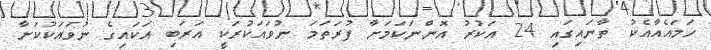
ހަމައެއާއެކު ތާނައިގައި 24 އަކުރު އޮންނަކަމަށާ ފުރަތަމަ ނުވައަކުރަކީ އަރަބި އަކައިގެ ނުވައަކުކަށާ